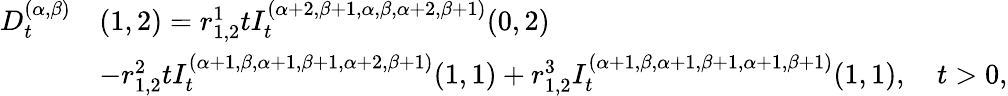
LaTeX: \begin{array}{rl}{D_{t}^{(\alpha,\beta)}}&{(1,2)=r_{1,2}^{1}tI_{t}^{(\alpha+2,\beta+1,\alpha,\beta,\alpha+2,\beta+1)}{(0,2)}}\\ &{-r_{1,2}^{2}tI_{t}^{(\alpha+1,\beta,\alpha+1,\beta+1,\alpha+2,\beta+1)}{(1,1)}+r_{1,2}^{3}I_{t}^{(\alpha+1,\beta,\alpha+1,\beta+1,\alpha+1,\beta+1)}{(1,1)},\quad t>0,}\end{array}